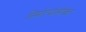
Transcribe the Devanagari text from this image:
निर्मात्यांसोबत